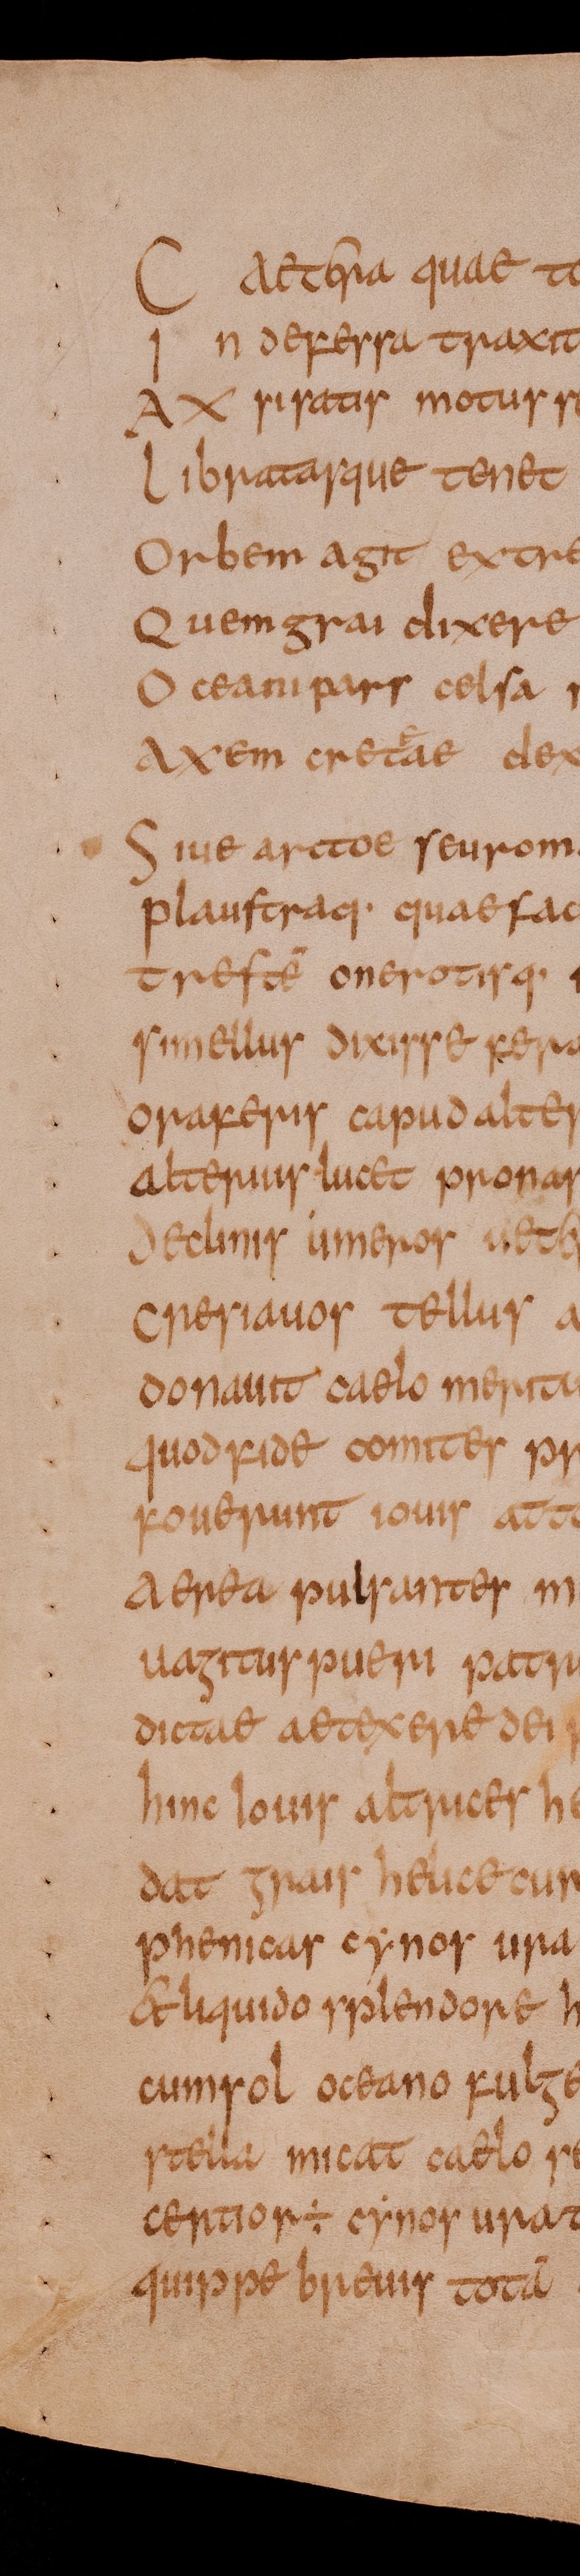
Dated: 800–849